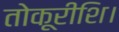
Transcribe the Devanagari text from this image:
तोकूरीशि।